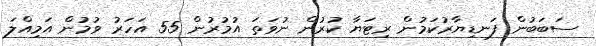
ސަބަބުން ފަނޑިޔާރުކަމުން ރިޓަޔާ ކުރުން ނުވަތަ އުމުރުން 55 އަހަރު ވުމުން އަމިއްލަ